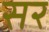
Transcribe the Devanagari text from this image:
सर